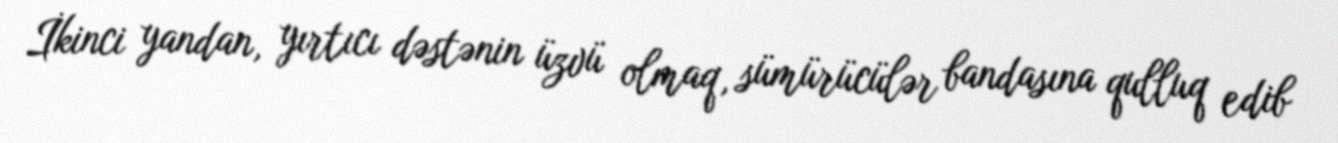
İkinci yandan, yırtıcı dəstənin üzvü olmaq, sümürücülər bandasına qulluq edib